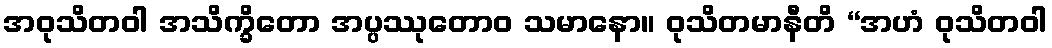
အဝုသိတဝါ အသိက္ခိတော အပ္ပဿုတောဝ သမာနော။ ဝုသိတမာနီတိ “အဟံ ဝုသိတဝါ